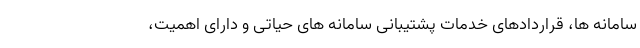
سامانه ها، قراردادهای خدمات پشتیبانی سامانه های حیاتی و دارای اهمیت،